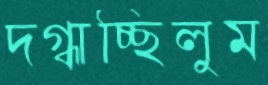
দগ্ধাচ্ছিলুম